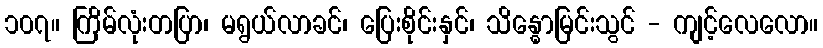
၁၀၇။ ကြိမ်လုံးတပြာ၊ မရွယ်လာခင်၊ ပြေးစိုင်းနှင်၊ သိန္ဓောမြင်းသွင် - ကျင့်လေလော။